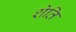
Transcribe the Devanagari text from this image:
शेति